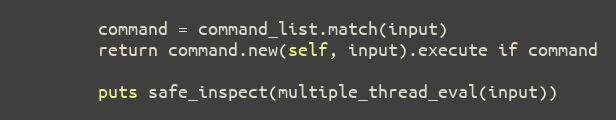
Language: Ruby
        command = command_list.match(input)
        return command.new(self, input).execute if command

        puts safe_inspect(multiple_thread_eval(input))